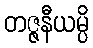
တဇ္ဇနီယမ္ပိ